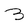
Character: B